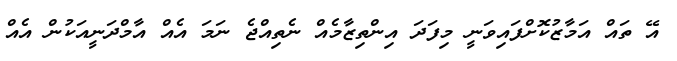
އޭ ތައް އަމާޒުކޮށްފައިވަނީ މިފަދަ އިންތިޒާމެއް ނެތިއްޖެ ނަމަ އެއް އާމްދަނީއަކުން އެއް